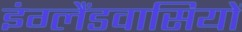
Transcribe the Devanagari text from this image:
इंग्लैंडवासियों